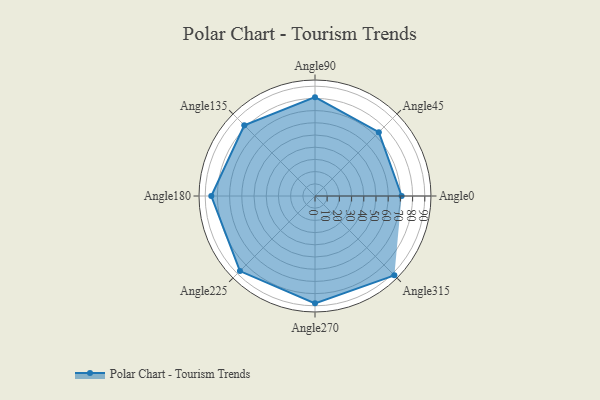
{"axis": {"x": "Angle", "y": "Radius"}, "legend": [""], "data": [{"x": "Angle0", "y": 71.0, "type": ""}, {"x": "Angle45", "y": 74.0, "type": ""}, {"x": "Angle90", "y": 81.0, "type": ""}, {"x": "Angle135", "y": 82.0, "type": ""}, {"x": "Angle180", "y": 85.0, "type": ""}, {"x": "Angle225", "y": 87.0, "type": ""}, {"x": "Angle270", "y": 88.0, "type": ""}, {"x": "Angle315", "y": 92.0, "type": ""}]}